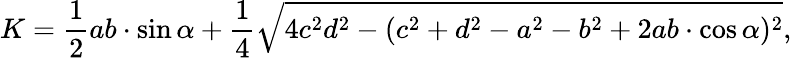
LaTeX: K={\frac{1}{2}}ab\cdot\sin{\alpha}+{\frac{1}{4}}{\sqrt{4c^{2}d^{2}-(c^{2}+d^{2}-a^{2}-b^{2}+2ab\cdot\cos{\alpha})^{2}}},